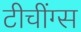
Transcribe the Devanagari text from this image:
टीचींग्स